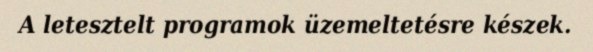
A letesztelt programok üzemeltetésre készek.